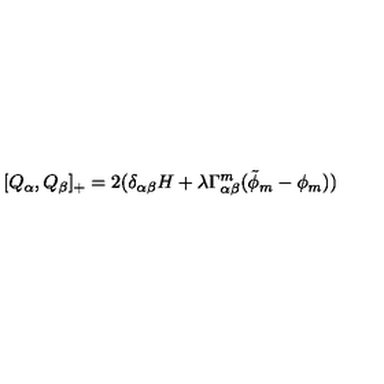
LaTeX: [ Q _ { \alpha } , Q _ { \beta } ] _ { + } = 2 ( \delta _ { \alpha \beta } H + \lambda \Gamma _ { \alpha \beta } ^ { m } ( \tilde { \phi } _ { m } - \phi _ { m } ) )